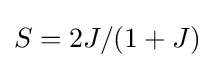
S=2J/(1+J)